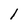
Character: 1